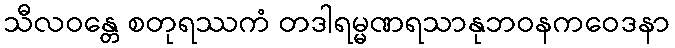
သီလဝန္တေ စတုရဿကံ တဒါရမ္မဏရသာနုဘဝနကဝေဒနာ